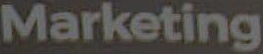
Marketing